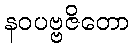
နဝပဗ္ဗဇိတော